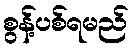
စွန့်ပစ်ရမည်